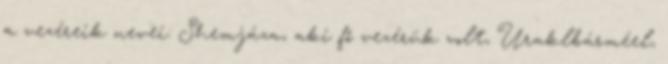
a vezéreik nevei: Shemjáza, aki fő vezérük volt, Uraklbárméel,